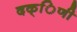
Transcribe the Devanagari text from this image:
दक्िणी